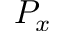
P _ { x }